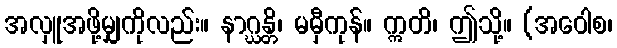
အလှူအဖို့မျှကိုလည်း။ နာဂ္ဃန္တိ၊ မမှီကုန်။ ဣတိ၊ ဤသို့။ (အဝေါစ၊